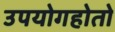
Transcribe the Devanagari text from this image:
उपयोगहोतो